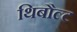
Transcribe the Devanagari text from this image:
थिबौल्ट